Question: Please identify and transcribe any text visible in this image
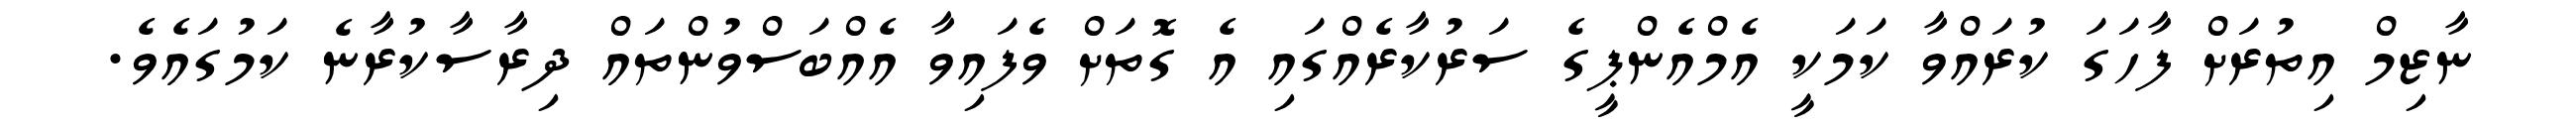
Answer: ނާޒިމް އިތުރަށް ފާހަގަ ކުރައްވާ ކަމަކީ އެމްއެންޕީގެ ސަރުކާރެއްގައި އެ ގޮތަށް ވެފައިވާ އެއްބަސްވުންތައް ދިރާސާކުރާނެ ކަމުގައެވެ.